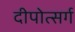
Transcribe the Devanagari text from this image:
दीपोत्सर्ग